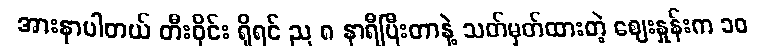
အားနာပါတယ် တီးဝိုင်း ရှိရင် ည ၈ နာရီပြီးတာနဲ့ သတ်မှတ်ထားတဲ့ ဈေးနှုန်းက ၁၀